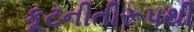
કૂટનીતીરૂપથી